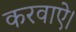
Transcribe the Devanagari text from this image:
करवाऐ।